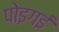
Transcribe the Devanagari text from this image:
पोइगई